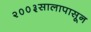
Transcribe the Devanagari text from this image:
२००३सालापासून